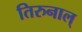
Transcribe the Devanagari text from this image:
तिरुनाल्